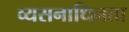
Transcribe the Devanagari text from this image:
व्यसनाधिनता